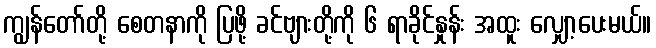
ကျွန်တော်တို့ စေတနာကို ပြဖို့ ခင်ဗျားတို့ကို ၆ ရာခိုင်နှုန်း အထူး လျှော့ပေးမယ်။